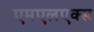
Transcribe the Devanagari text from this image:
एमएलएक्स